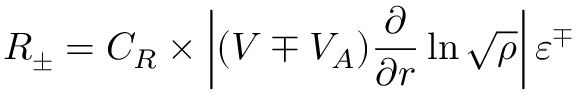
R _ { \pm } = C _ { R } \times \left| ( V \mp V _ { A } ) \frac { \partial } { \partial r } \ln \sqrt { \rho } \right| \varepsilon ^ { \mp }